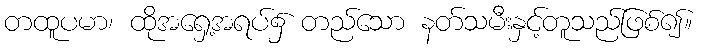
တထူပမာ၊ ထိုအရှေ့အရပ်၌ တည်သော နတ်သမီးနှင့်တူသည်ဖြစ်၍။